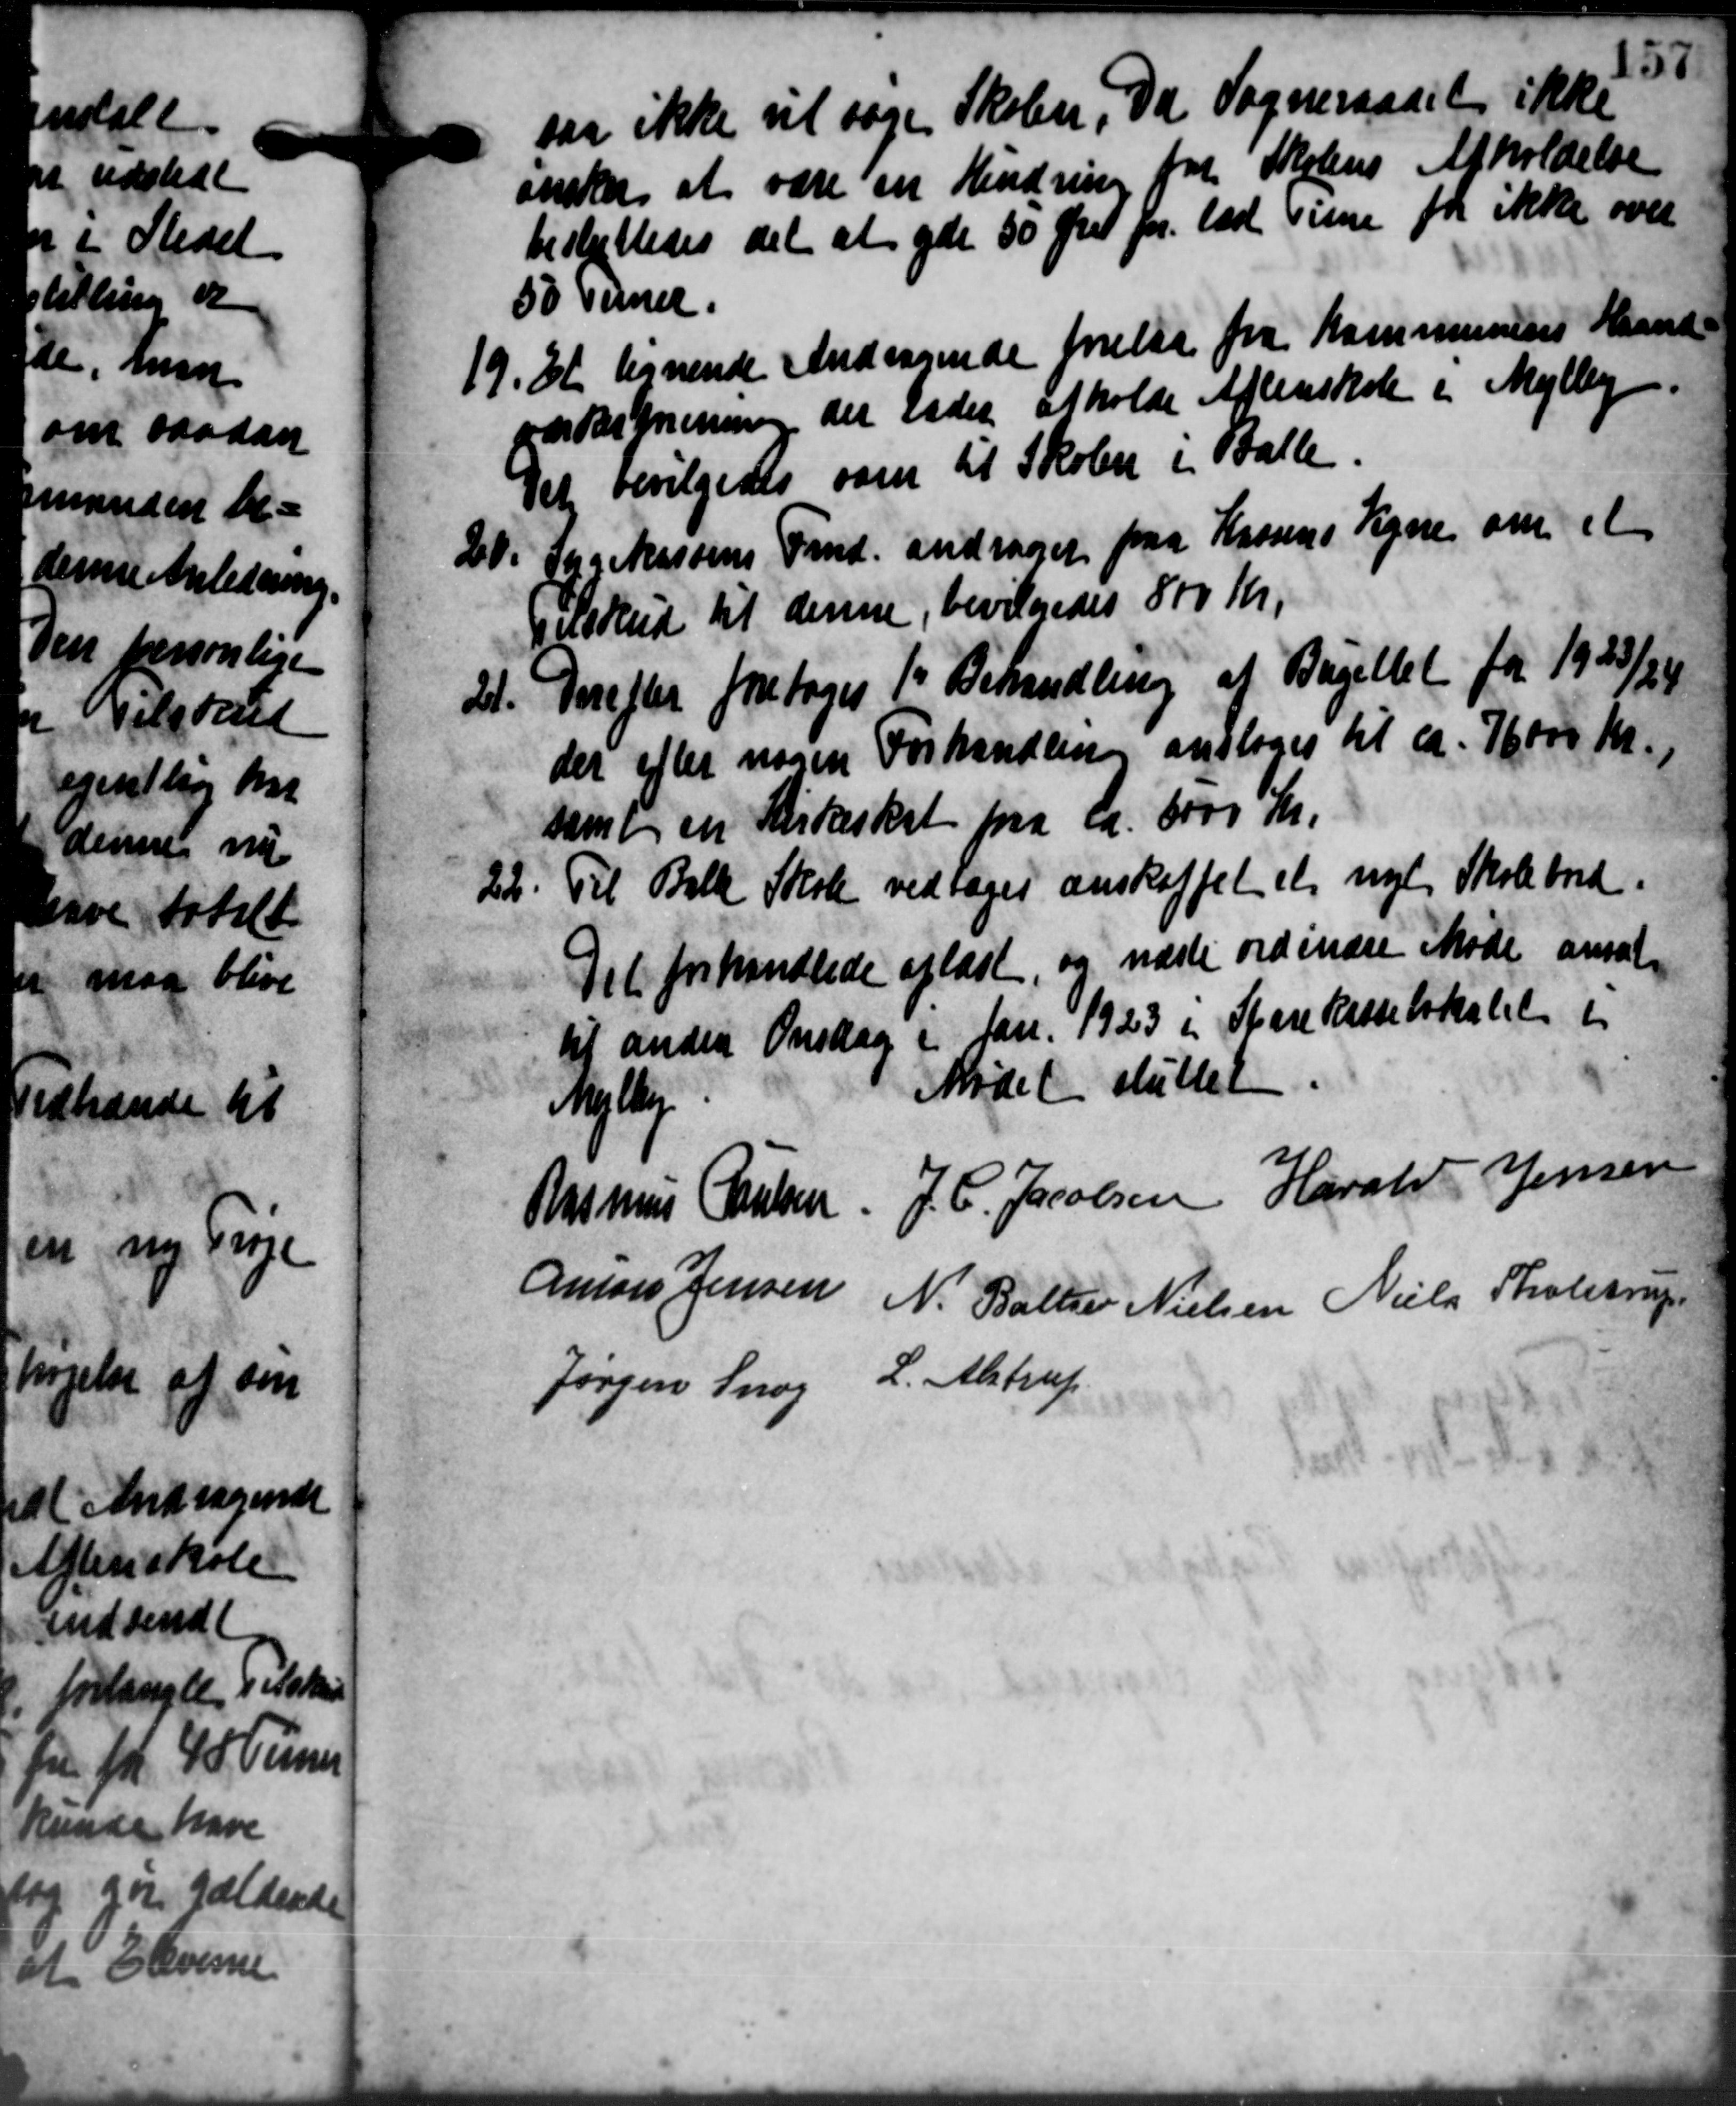
Transskription:
saa ikke vil søge Skolen. Da Sogneraadet ikke
ønsker at være en Hendring for Skolens Afholdelse
besluttedes det at yde 50 Øre pr. lad visse for ikke over
50 Timer.

Et lignende Andragende forelaa fra Kommunens Haand
værksmening det lader afholde Aftenskole i Mejlby.
Det bevilgedes som til Skolen i Balle.

Sygekassens Fmd. andrager paa Kassens Vegne om et
Tilskud til denne, bevilgedes 800 Kr.

Derefter foretoges 1' Behandling af Bøgellet for 1923/24
der efter nogen Forhandling ansloges til ca. 76000 Kr.
samt en Kirkeskat fra ca. 6000 Kr.

Til Balk Skole vedtoges anskaffet et nye Skolebred.
Det forhandlede oplæst, og næste ordinære Møde ansat
til anden Onsdag i Jan. 1923 i Sparekasselokalet i
1
Mødet sluttet
Mejlby
asmus Hansen. J. C. Jacobsen Harald Jensen
mars Jensen N. Ballie Nielsen Niels Tholstrup
Jørgen Snog L. Alstrup
157